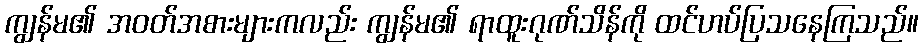
ကျွန်မ၏ အဝတ်အစားများကလည်း ကျွန်မ၏ ရာထူးဂုဏ်သိန်ကို ထင်ဟပ်ပြသနေကြသည်။